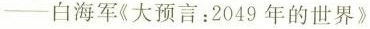
——白海军《大预言：2049年的世界》